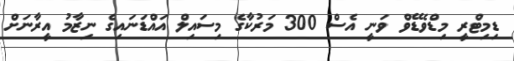
ޑިމިޓްރީ މިޑްވެޑޭވް ވަނީ އެސް 300 މަރުކާގެ މިސައިލް އައްޑަނައިގެ ނިޒާމު އީރާނަށް